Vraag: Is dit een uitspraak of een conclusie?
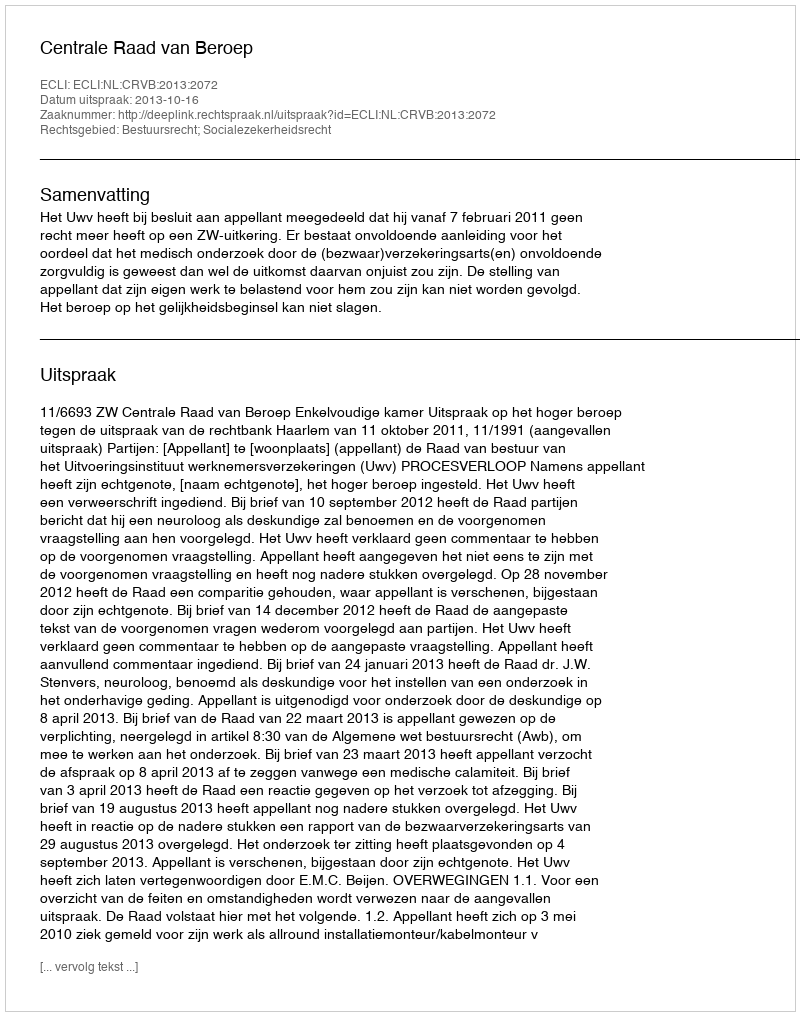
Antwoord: Uitspraak